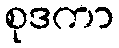
စုဒကာ